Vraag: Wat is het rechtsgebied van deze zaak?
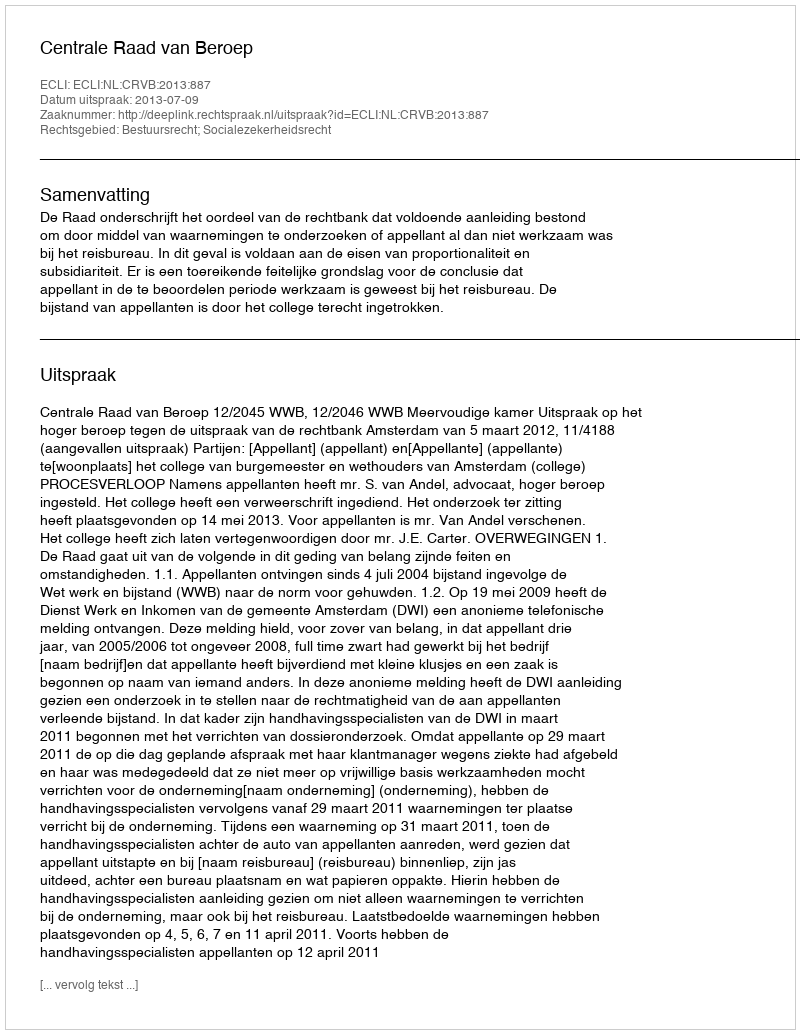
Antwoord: Bestuursrecht; Socialezekerheidsrecht